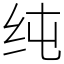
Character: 纯